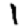
Digit: 1